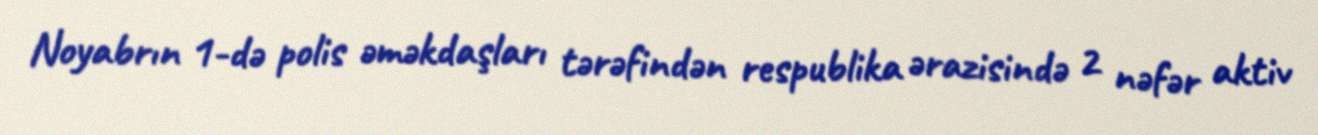
Noyabrın 1-də polis əməkdaşları tərəfindən respublika ərazisində 2 nəfər aktiv